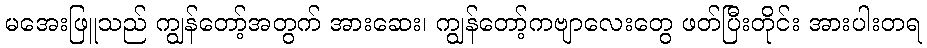
မအေးဖြူသည် ကျွန်တော့်အတွက် အားဆေး၊ ကျွန်တော့်ကဗျာလေးတွေ ဖတ်ပြီးတိုင်း အားပါးတရ